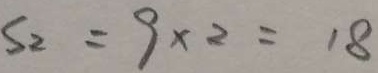
S _ { 2 } = 9 \times 2 = 1 8